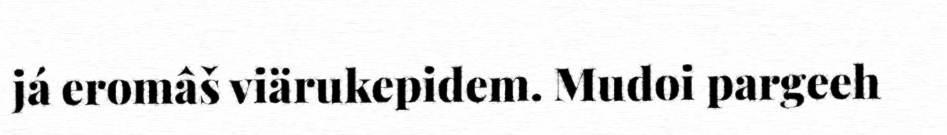
já eromâš viärukepidem. Mudoi pargeeh